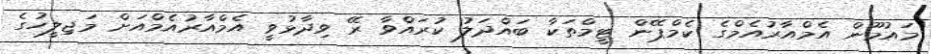
މައުމޫން އެމްއާރުއެމްގެ ކެމްޕޭން ޓީމްތަކާ ބައްދަލު ކުރައްވާ ރޭ ވިދާޅުވީ އެމްއާރުއެމްއަށް މަޖިލީހުގެ